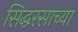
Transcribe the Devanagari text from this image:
सिद्धरसाच्या